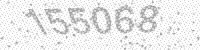
Solution: 155068